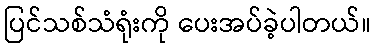
ပြင်သစ်သံရုံးကို ပေးအပ်ခဲ့ပါတယ်။